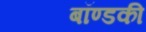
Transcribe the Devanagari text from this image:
बॉण्डकी